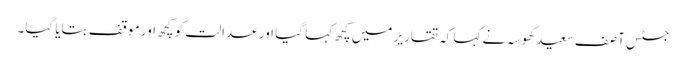
جسٹس آصف سعید کھوسہ نے کہا کہ تقاریر میں کچھ کہا گیا اور عدالت کو کچھ اور موقف بتایا گیا۔